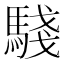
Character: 𩤊